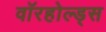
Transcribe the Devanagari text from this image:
वॉरहोल्ड्स